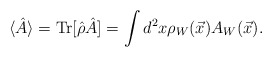
\begin{align*} \langle \hat{A}\rangle = \textrm{Tr}[\hat{\rho }\hat{A}]=\int d^2x \rho _W(\vec{x})A_W(\vec{x}).\end{align*}